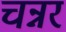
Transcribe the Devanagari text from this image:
चन्नर